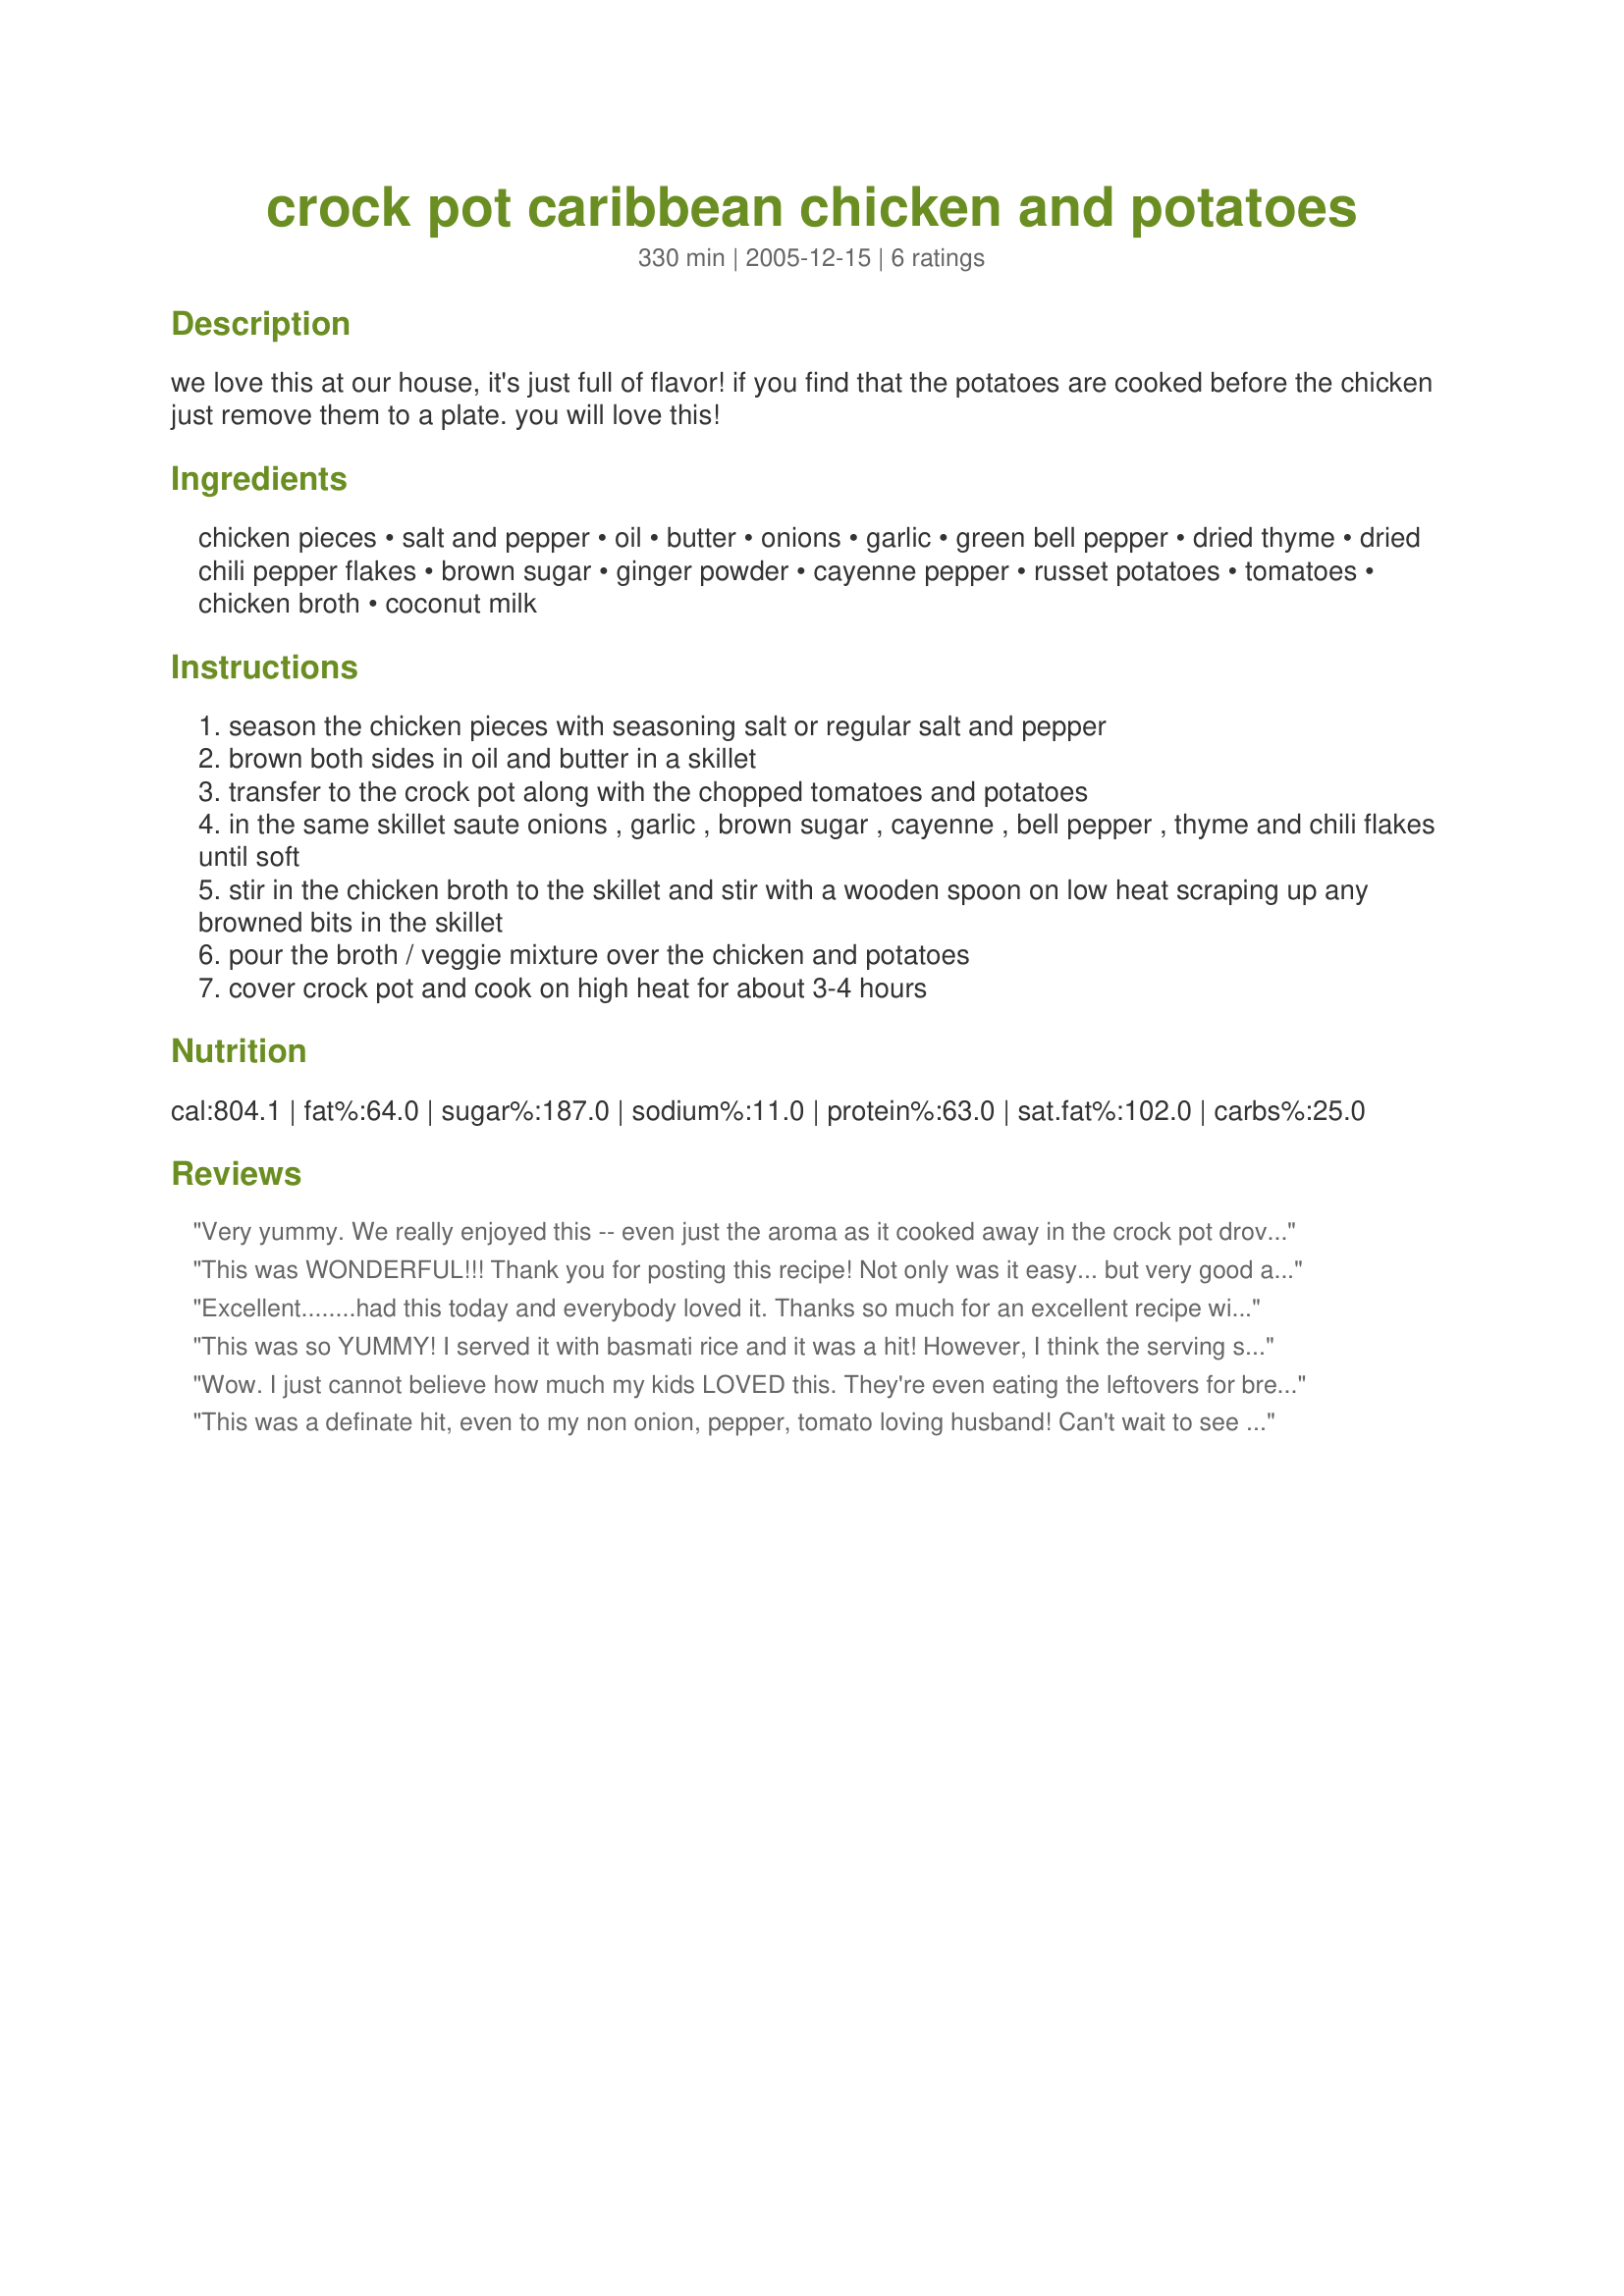
crock pot caribbean chicken and potatoes
Preparation time: 330 minutes

we love this at our house, it's just full of flavor! if you find that the potatoes are cooked before the chicken just remove them to a plate. you will love this!

Ingredients:
chicken pieces, salt and pepper, oil, butter, onions, garlic, green bell pepper, dried thyme, dried chili pepper flakes, brown sugar, ginger powder, cayenne pepper, russet potatoes, tomatoes, chicken broth, coconut milk

Steps:
season the chicken pieces with seasoning salt or regular salt and pepper
brown both sides in oil and butter in a skillet
transfer to the crock pot along with the chopped tomatoes and potatoes
in the same skillet saute onions , garlic , brown sugar , cayenne , bell pepper , thyme and chili flakes until soft
stir in the chicken broth to the skillet and stir with a wooden spoon on low heat scraping up any browned bits in the skillet
pour the broth / veggie mixture over the chicken and potatoes
cover crock pot and cook on high heat for about 3-4 hours

Reviews:
Very yummy. We really enjoyed this -- even just the aroma as it cooked away in the crock pot drove our roomie crazy! :) Still, we thought that it could use some tweaking... The cayenne seemed to overpower the other flavors, so the next time I make this (and there *will* be a "next time"!), this is what I will do: 1) omit the cayenne altogether, 2) for the tomatoes, use two 15-oz. cans of tomatoes with chilies (which will provide heat without the sharpness of the cayenne), and 3) omit the potatoes, and instead serve it over some coconut-lime rice. Not only would the flavor of the rice accent the flavors in the dish, it would soak up some of the terrific sauce this dish produces. I'm very happy with this, Kittencal. It was wonderfully warming on a very cold Chicago day. Thanks for sharing!
This was WONDERFUL!!! Thank you for posting this recipe! Not only was it easy... but very good and filling. I didn't have coconut milk so I replaced with regular milk and a little half and half.
Excellent........had this today and everybody loved it. Thanks so much for an excellent recipe will definitley be making this again.
This was so YUMMY! I served it with basmati rice and it was a hit! However, I think the serving size is closer to 10 servings than 4. I'll be having this for lunch all week!
Wow. I just cannot believe how much my kids LOVED this. They're even eating the leftovers for breakfast. We made it vegan by using 3 cups of cooked black beans instead of the chicken, coconut oil instead of the butter, and vegetable broth rather than chicken broth--and I added a bit more broth than the recipe calls for since the beans do not produce juices like the chicken would. We served it over short grain brown rice. I think this would be really tasty with sweet potatoes instead of russets, too. This will become a regular in our house!
This was a definate hit, even to my non onion, pepper, tomato loving husband! Can't wait to see if the leftovers are just as good.
